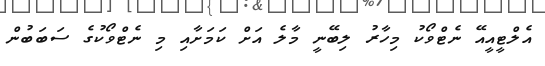
އެލްޓީއީއޭ ނެޓްވޯކު މިހާރު ލިބޭނީ މާލެ އަށް ކަމަށާއި މި ނެޓްވޯކުގެ ސަބަބުން